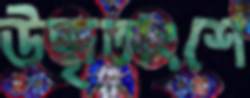
উদ্ধৃতাংশে